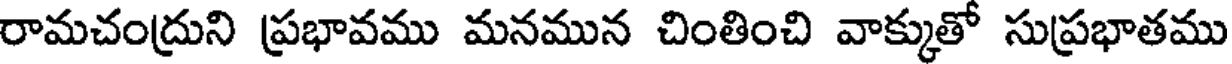
రామచంద్రుని ప్రభావము మనమున చింతించి వాక్కుతో సుప్రభాతము